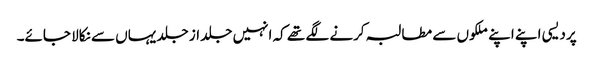
پردیسی اپنے اپنے ملکوں سے مطالبہ کرنے لگے تھے کہ انہیں جلد از جلد یہاں سے نکالا جائے۔